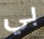
بي